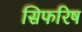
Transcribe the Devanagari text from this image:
सिफरिष